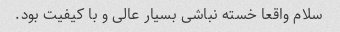
سلام واقعا خسته نباشی بسیار عالی و با کیفیت بود.